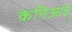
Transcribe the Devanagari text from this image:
केनिआइ